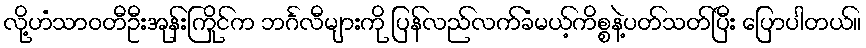
လို့ဟံသာဝတီဦးအုန်းကြိုင်က ဘင်္ဂလီများကို ပြန်လည်လက်ခံမယ့်ကိစ္စနဲ့ပတ်သတ်ပြီး ပြောပါတယ်။